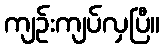
ကျဉ်းကျပ်လှပြီ။